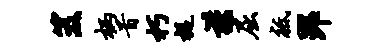
笈柄首朽捉谨屈祗郢